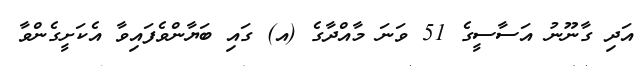
އަދި ގާނޫނު އަސާސީގެ 51 ވަނަ މާއްދާގެ (އ) ގައި ބަޔާންވެފައިވާ އެކަށީގެންވާ